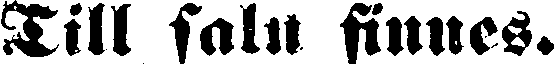
Till salu finnes.